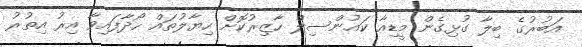
އަބުރުގެ ބިލާ ގުޅިގެން މީޑިއާ ކައުންސިލް ހާޒިރުކޮށް ހިޔާލުތައް ހޯދާފައިވާ އިރު އިތުރު